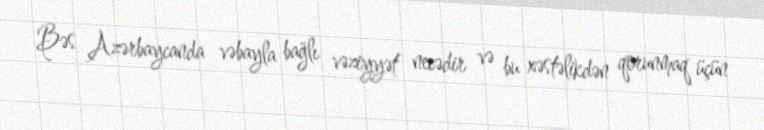
Bəs Azərbaycanda vəbayla bağlı vəziyyət necədir və bu xəstəlikdən qorunmaq üçün